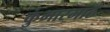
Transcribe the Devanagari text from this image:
कुंभारमाठ